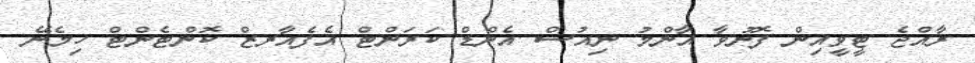
ރާއްޖެ ޓީވީއިން ފޮނުވާ އާންމު ނިއުސް އެންޑް ކަރަންޓް އެފެއާރޒް ކޮންޓެންޓް ހިމެނޭ